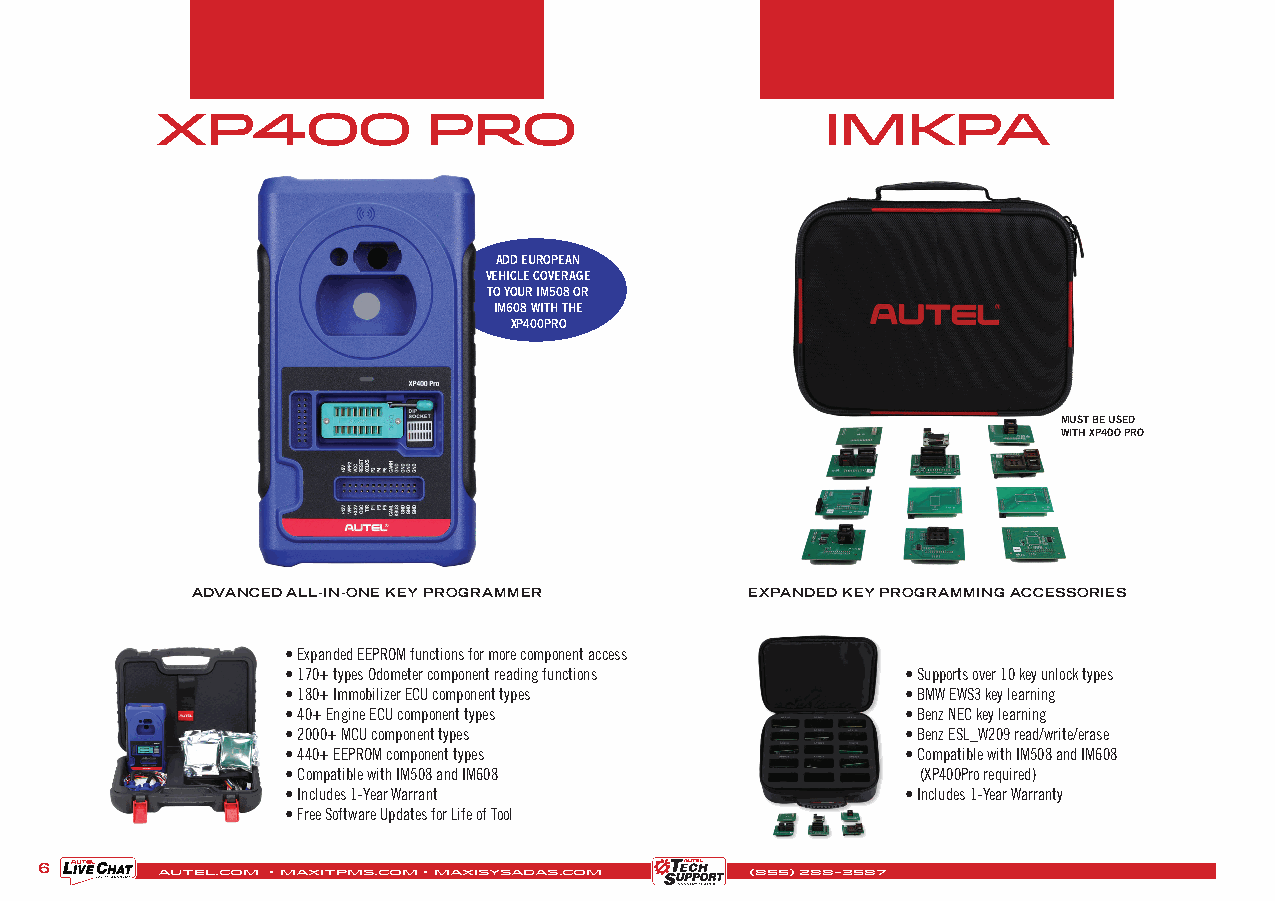
xp400             Pro                       IMKPA
 ADD EUROPEAN
 VEHICLE COVERAGE
 TO YOUR IM508 OR
 IM608 WITH THE
 XP400PRO
 MUST BE USED
 WITH XP40O PRO
 ADVANCED ALL-IN-ONE KEY PROGRAMMER   EXPANDED KEY PROGRAMMING ACCESSORIES
 • Expanded EEPROM functions for more component access
 • 170+ types Odometer component reading functions • Supports over 10 key unlock types
 • 180+ Immobilizer ECU component types   • BMW EWS3 key learning
 • 40+ Engine ECU component types         • Benz NEC key learning
 • 2000+ MCU component types              • Benz ESL_W209 read/write/erase
 • 440+ EEPROM component types            • Compatible with IM508 and IM608
 • Compatible with IM508 and IM608         (XP400Pro required)
 • Includes 1-Year Warrant                • Includes 1-Year Warranty
 • Free Software Updates for Life of Tool
 6
 AUTEL.COM • MAXITPMS.COM • MAXISYSADAS.COM (855) 288-3587